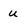
Character: u